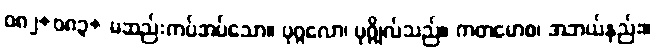
ဝ၈၂+၀၈၃+ မဆည်းကပ်အပ်သော။ ပုဂ္ဂလော၊ ပုဂ္ဂိုလ်သည်။ ကတမောစ၊ အဘယ်နည်း။